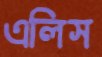
এলিস